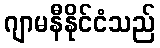
ဂျာမနီနိုင်ငံသည်